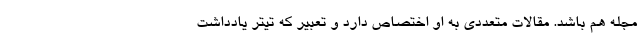
مجله هم باشد. مقالات متعددی به او اختصاص دارد و تعبیر که تیتر یادداشت